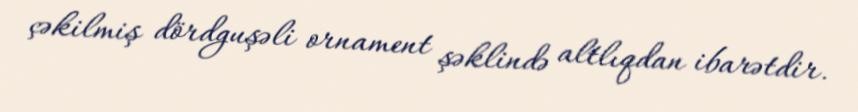
çəkilmiş dördguşəli ornament şəklində altlıqdan ibarətdir.